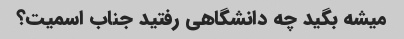
میشه بگید چه دانشگاهی رفتید جناب اسمیت؟